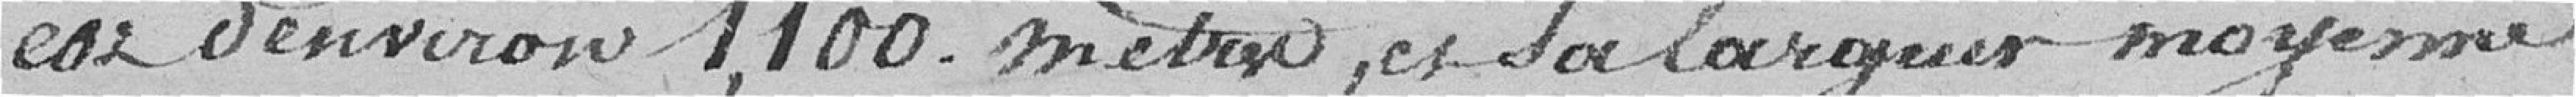
est d'environ 1 100 mètres, et sa largeur moyenne